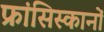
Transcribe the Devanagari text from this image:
फ्रांसिस्कानों